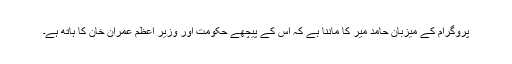
پروگرام کے میزبان حامد میر کا ماننا ہے کہ اس کے پیچھے حکومت اور وزیر اعظم عمران خان کا ہاتھ ہے۔